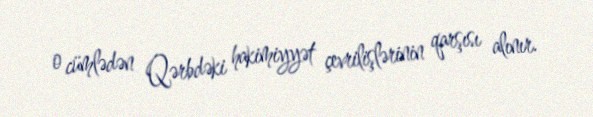
o cümlədən Qərbdəki hakimiyyət çevrilişlərinin qarşısı alınır.